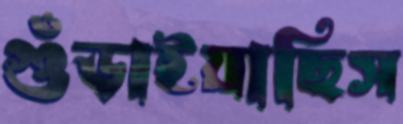
গুঁড়াইয়াছিস